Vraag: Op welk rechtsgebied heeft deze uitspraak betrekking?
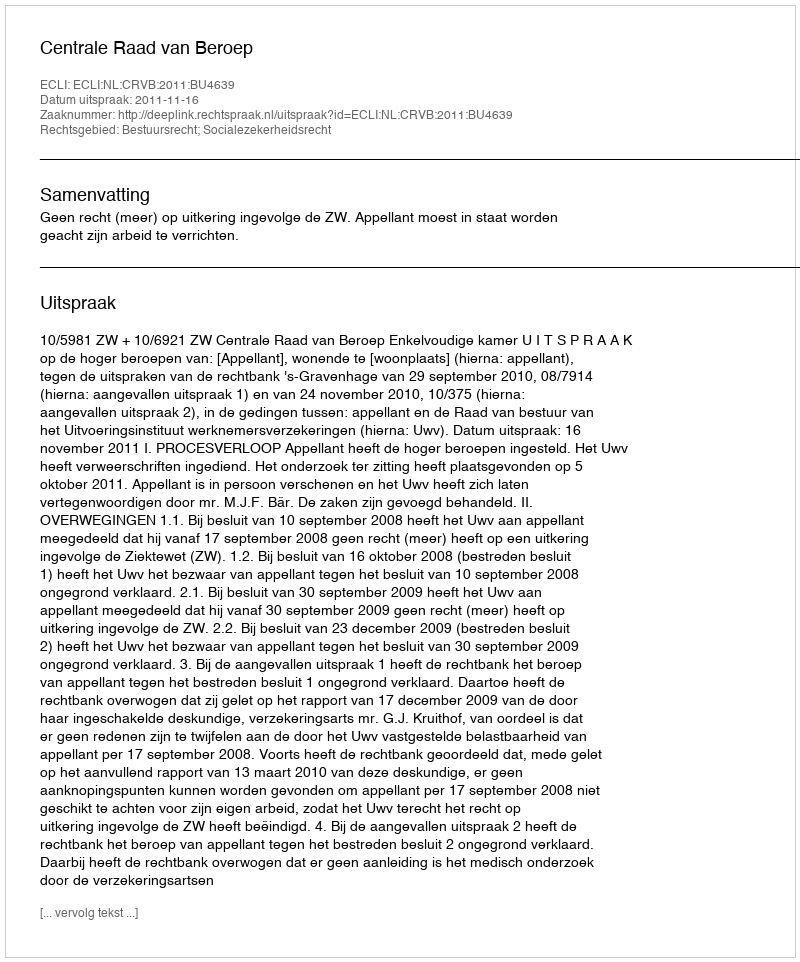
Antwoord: Bestuursrecht; Socialezekerheidsrecht